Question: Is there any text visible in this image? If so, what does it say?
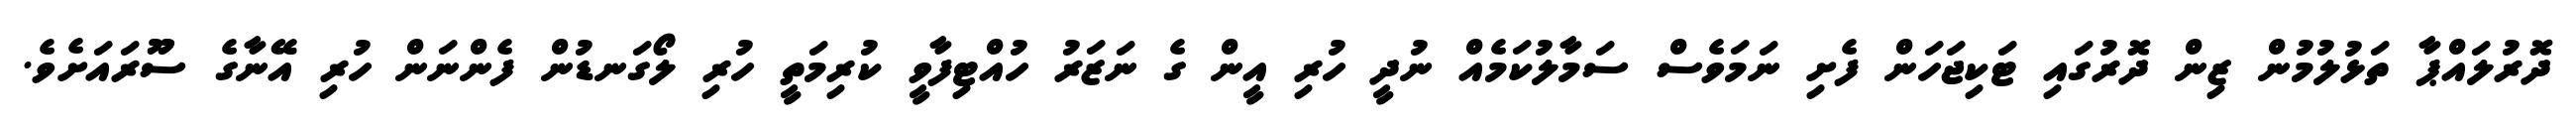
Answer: ދޮރުލައްޕާ ތަޅުލުމުން ޒިން ދޮރުގައި ޓަކިޖަހަން ފެށި ނަމަވެސް ސަމާލުކަމެއް ނުދީ ހުރި އީން ގެ ނަޒަރު ހުއްޓިފާވީ ކުރިމަތީ ހުރި ލޯގަނޑުން ފެންނަން ހުރި އޭނާގެ ސޫރައަށެވެ.